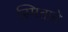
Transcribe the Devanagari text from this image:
स्मिताने